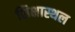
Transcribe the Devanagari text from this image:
शिक्षास्थल